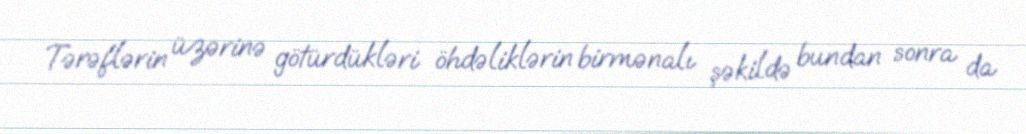
Tərəflərin üzərinə götürdükləri öhdəliklərin birmənalı şəkildə bundan sonra da